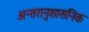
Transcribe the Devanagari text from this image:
अन्तरानुशासनिक